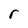
Character: r